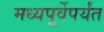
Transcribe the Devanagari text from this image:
मध्यपूर्वेपर्यंत